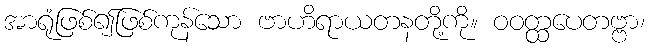
အာရုံဖြစ်၍ဖြစ်ကုန်သော ဗာဟိရာယတနတို့ကို။ ဝဝတ္ထပေတဗ္ဗာ၊